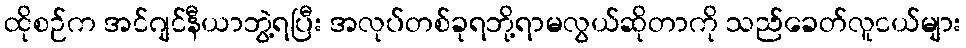
ထိုစဉ်က အင်ဂျင်နီယာဘွဲ့ရပြီး အလုပ်တစ်ခုရဘို့ရာမလွယ်ဆိုတာကို သည်ခေတ်လူငယ်များ